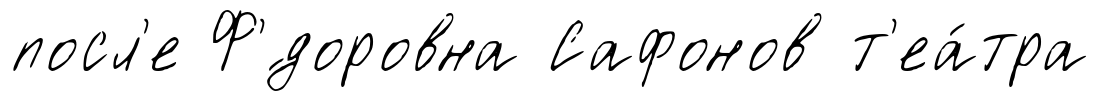
посл'е Ф'́доровна Сафонов т'еа́тра